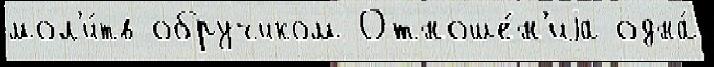
мол'и́тв обручиком Отноше́н'иjа одна́